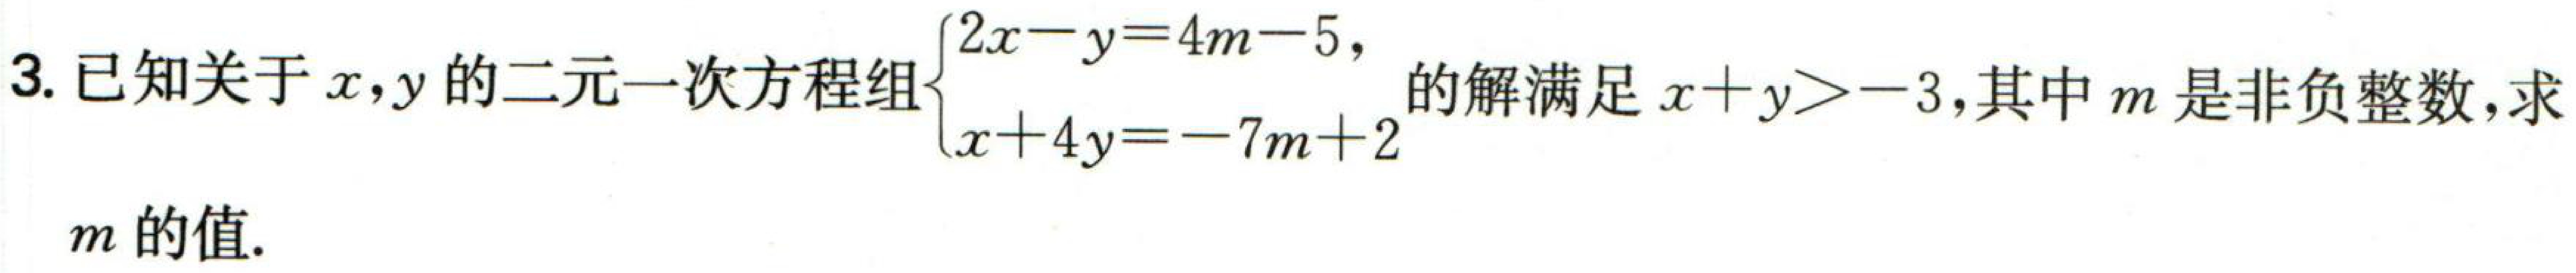
3. 已知关于\(x,y\)的二元一次方程组\(\begin{cases}2x - y = 4m - 5\\x + 4y = - 7m + 2\end{cases}\)的解满足\(x + y > - 3\),其中\(m\)是非负整数,求\(m\)的值.